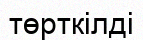
төрткілді